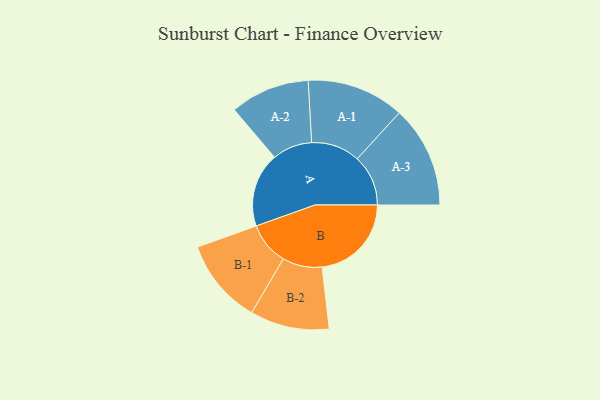
{"axis": {"x": "Segment", "y": "Value"}, "legend": ["", "A", "B"], "data": [{"x": "A", "y": 414, "type": ""}, {"x": "B", "y": 498, "type": ""}, {"x": "A-1", "y": 272, "type": "A"}, {"x": "A-2", "y": 222, "type": "A"}, {"x": "A-3", "y": 284, "type": "A"}, {"x": "B-1", "y": 238, "type": "B"}, {"x": "B-2", "y": 221, "type": "B"}]}